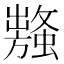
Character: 𧒥